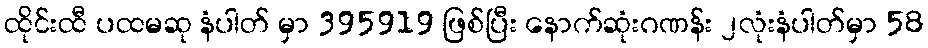
ထိုင်းထီ ပထမဆု နံပါတ် မှာ 395919 ဖြစ်ပြီး နောက်ဆုံးဂဏန်း ၂လုံးနံပါတ်မှာ 58